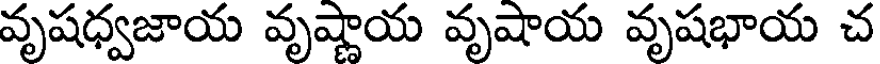
వృషధ్వజాయ వృష్ణాయ వృషాయ వృషభాయ చ